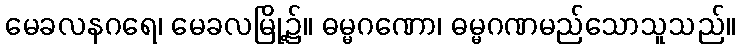
မေခလနဂရေ၊ မေခလမြို့၌။ ဓမ္မဂဏော၊ ဓမ္မဂဏမည်သောသူသည်။